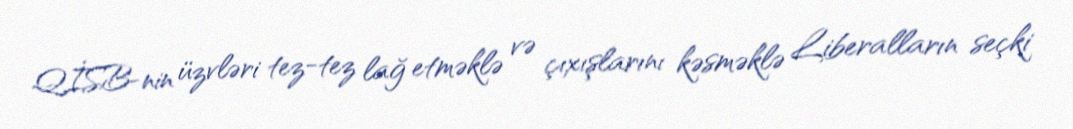
QİSB-nin üzvləri tez-tez lağ etməklə və çıxışlarını kəsməklə Liberalların seçki